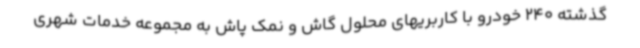
گذشته 240 خودرو با کاربریهای محلول گاش و نمک پاش به مجموعه خدمات شهری